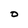
Character: O